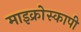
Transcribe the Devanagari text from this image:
माइक्रोस्कापी